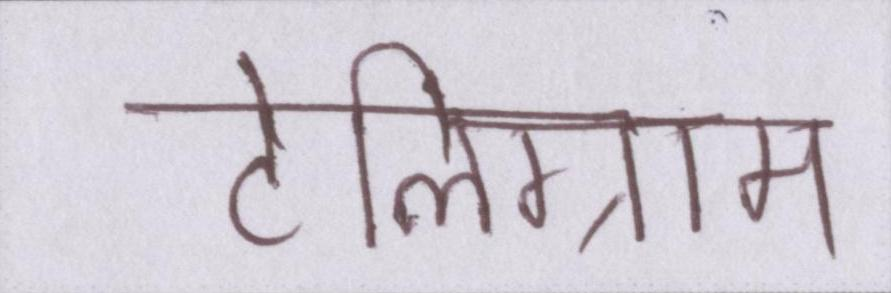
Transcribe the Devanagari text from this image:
टेलिग्राम